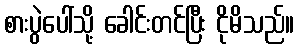
စားပွဲပေါ်သို့ ခေါင်းတင်ပြီး ငိုမိသည်။